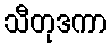
သီတုဒကာ